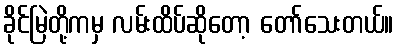
ခိုင်မြဲတို့ကမှ လမ်းထိပ်ဆိုတော့ တော်သေးတယ်။